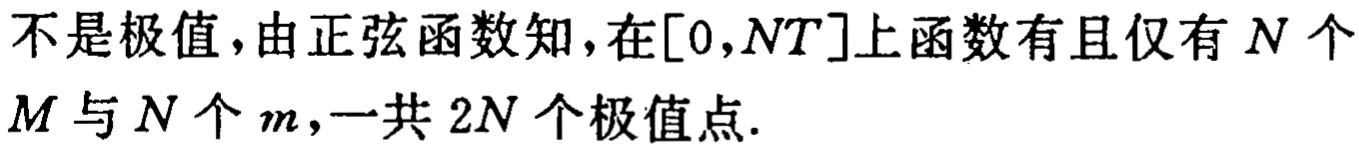
不是极值,由正弦函数知,在$[0,NT]$上函数有且仅有$N$个$M$与$N$个$m$,一共$2N$个极值点.